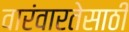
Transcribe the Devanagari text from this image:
वारंवारतेसाठी